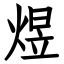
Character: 煜